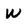
Character: W